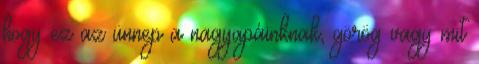
hogy ez az ünnep a nagyapáinknak, görög vagy mit